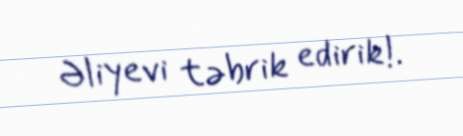
Əliyevi təbrik edirik!.